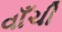
વાઁચી